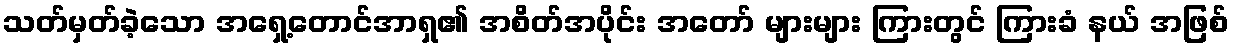
သတ်မှတ်ခဲ့သော အရှေ့တောင်အာရှ၏ အစိတ်အပိုင်း အတော် များများ ကြားတွင် ကြားခံ နယ် အဖြစ်